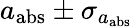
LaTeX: a_{\mathrm{abs}}\pm\sigma_{a_{\mathrm{abs}}}